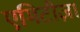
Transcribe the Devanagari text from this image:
एमिटीज़ा